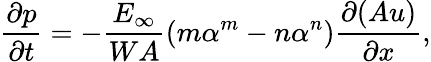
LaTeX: \frac{\partial p}{\partial t}=-\frac{E_{\infty}}{WA}\left(m\alpha^{m}-n\alpha^{n}\right)\frac{\partial(Au)}{\partial x},